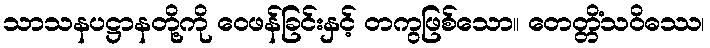
သာသနပဋ္ဌာနတို့ကို ဝေဖန်ခြင်းနှင့် တကွဖြစ်သော။ တေတ္တိံသဝိဓဿ၊